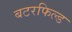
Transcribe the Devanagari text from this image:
बटरफिल्ड